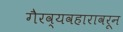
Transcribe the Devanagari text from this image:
गैरव्यवहारावरून